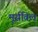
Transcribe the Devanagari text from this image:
मूर्सविल